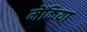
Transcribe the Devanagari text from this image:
मेंकिया